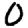
Digit: 0